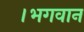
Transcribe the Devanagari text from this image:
।भगवान